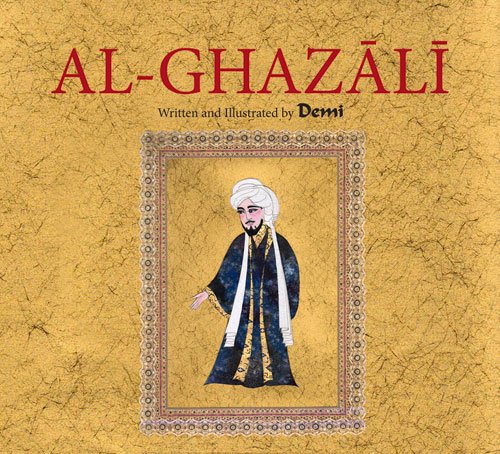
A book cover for Al-Ghazali; Demi; Children's Books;